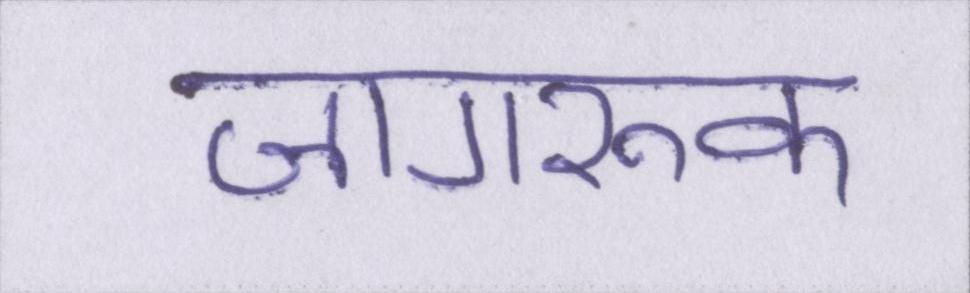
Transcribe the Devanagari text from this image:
जागरूक